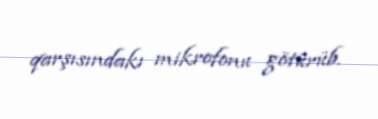
qarşısındakı mikrofonu götürüb.